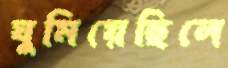
ঘুমিয়েছিলে